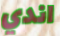
اندي